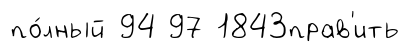
по́лный 94 97 1843прав'ить